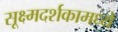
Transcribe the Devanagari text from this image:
सूक्ष्मदर्शकामध्ये